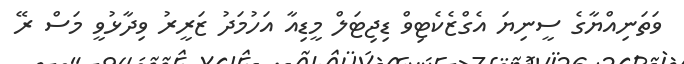
ވަތަނިއްޔާގެ ސީނިޔަ އެގްޒެކެޓިވް ޑިޖިޓަލް މީޑިއާ އަހުމަދު ޒަރީރު ވިދާޅުވީ މަސް ރޭ